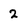
Character: 2